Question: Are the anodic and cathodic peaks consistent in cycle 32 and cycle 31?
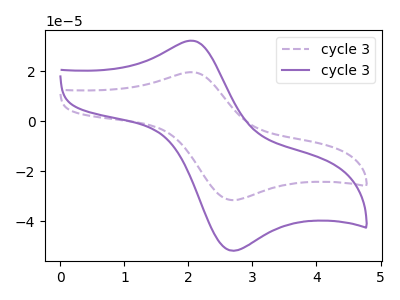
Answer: <think>The purple dashed curve "cycle 31" has an anodic peak at (2.05V, 19.65uA) and a cathodic peak at (2.75V, -31.50uA). The purple curve "cycle 32" has an anodic peak at (2.05V, 32.20uA) and a cathodic peak at (2.75V, -51.75uA).</think>
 <answer>Yes, "cycle 32" have a peak in "cycle 31" at the same potential.</answer>
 <eval>match</eval>